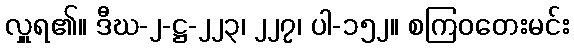
လှူရ၏။ ဒီဃ-၂-ဋ္ဌ-၂၂၃၊ ၂၂၇၊ ပါ-၁၅၂။ စကြဝတေးမင်း